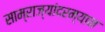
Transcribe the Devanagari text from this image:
साम्राज्यांदरम्यान